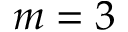
m = 3